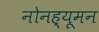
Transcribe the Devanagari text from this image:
नोनह्यूमन